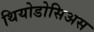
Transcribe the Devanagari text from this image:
थियोडोसिअस